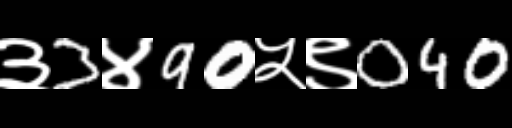
Text: ३3४90५९040